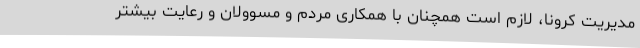
مدیریت کرونا، لازم است همچنان با همکاری مردم و مسوولان و رعایت بیشتر